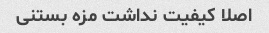
اصلا کیفیت نداشت مزه بستنی